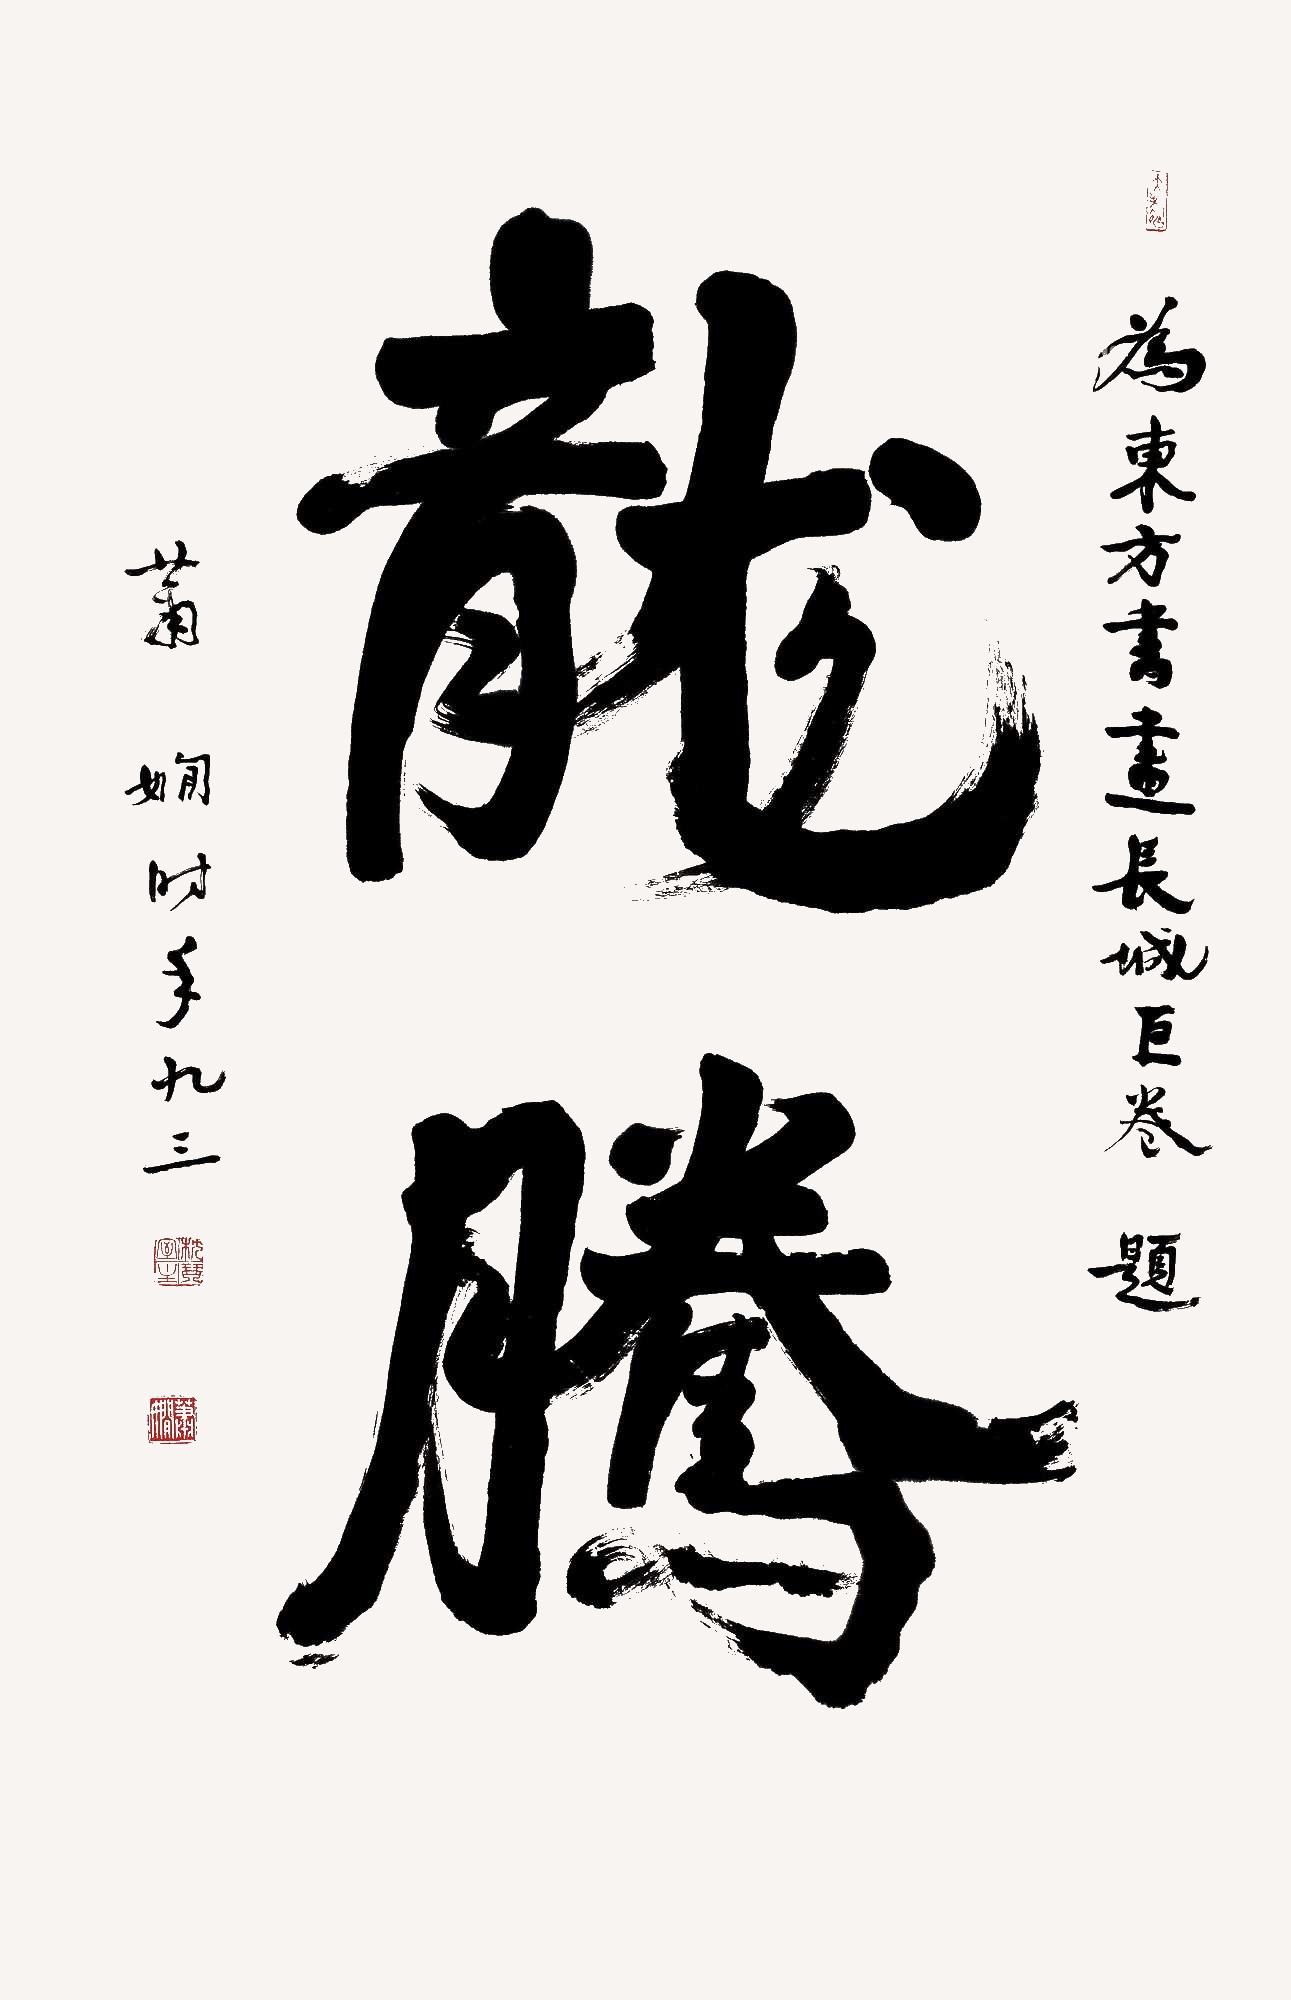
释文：龙腾为东方书画长城巨卷题，萧娴时年九三。